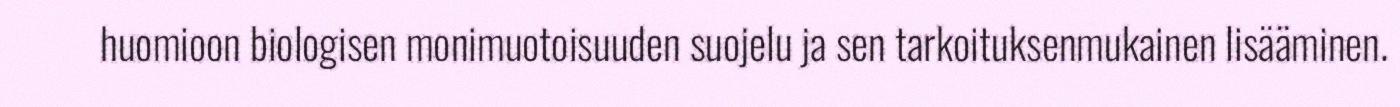
huomioon biologisen monimuotoisuuden suojelu ja sen tarkoituksenmukainen lisääminen.